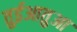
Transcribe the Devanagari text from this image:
तुईआतुआ